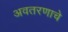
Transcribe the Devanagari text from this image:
अवतरणाचे